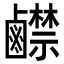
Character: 𪊅